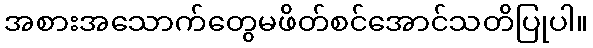
အစားအသောက်တွေမဖိတ်စင်အောင်သတိပြုပါ။